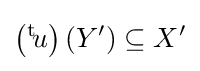
\left({}^{\text{t}}\!u\right)\left(Y^{\prime }\right)\subseteq X^{\prime }